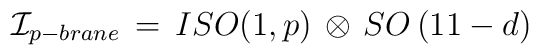
{\cal I}_{p-brane} \, = \, ISO(1,p) \, \otimes \, SO \left( 11-d \right)